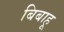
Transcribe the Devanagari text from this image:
बिबाहू